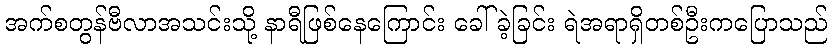
အက်စတွန်ဗီလာအသင်းသို့ နာရီဖြစ်နေကြောင်း ခေါ်ခဲ့ခြင်း ရဲအရာရှိတစ်ဦးကပြောသည်